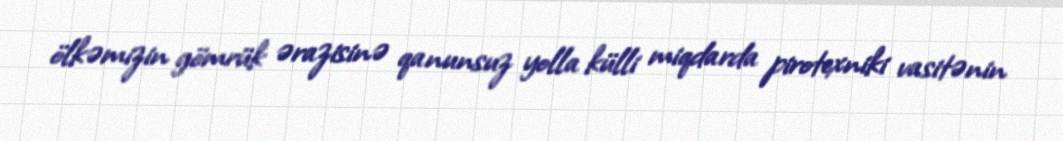
ölkəmizin gömrük ərazisinə qanunsuz yolla külli miqdarda pirotexniki vasitənin